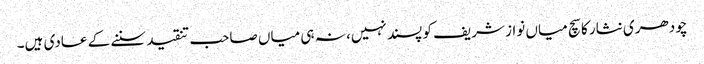
چودھری نثار کا سچ میاں نواز شریف کو پسند نہیں، نہ ہی میاں صاحب تنقید سننے کے عادی ہیں۔